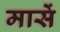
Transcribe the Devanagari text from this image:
मासें